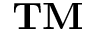
\mathbf { T M }